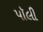
પૉલી